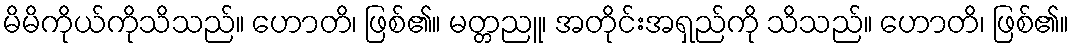
မိမိကိုယ်ကိုသိသည်။ ဟောတိ၊ ဖြစ်၏။ မတ္တညူ၊ အတိုင်းအရှည်ကို သိသည်။ ဟောတိ၊ ဖြစ်၏။